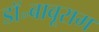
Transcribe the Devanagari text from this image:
डॉ॰बाबूराम